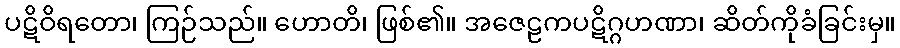
ပဋိဝိရတော၊ ကြဉ်သည်။ ဟောတိ၊ ဖြစ်၏။ အဇေဠကပဋိဂ္ဂဟဏာ၊ ဆိတ်ကိုခံခြင်းမှ။